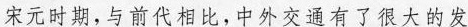
宋元时期，与前代相比，中外交通有了很大的发